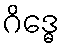
ဂိဒ္ဓေ